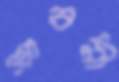
শ্রাবনী